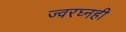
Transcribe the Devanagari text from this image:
ज्वरघ्नही